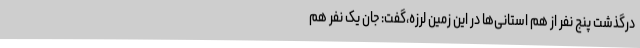
درگذشت پنج نفر از هم استانی‌ها در این زمین لرزه،گفت: جان یک نفر هم